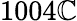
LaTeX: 1004\mathbb{C}